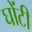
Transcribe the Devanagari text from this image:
घोंटी